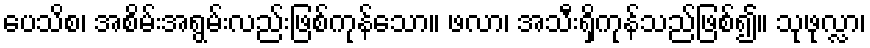
ပေသိစ၊ အစိမ်းအရွမ်းလည်းဖြစ်ကုန်သော။ ဖလာ၊ အသီးရှိကုန်သည်ဖြစ်၍။ သုဖုလ္လာ၊